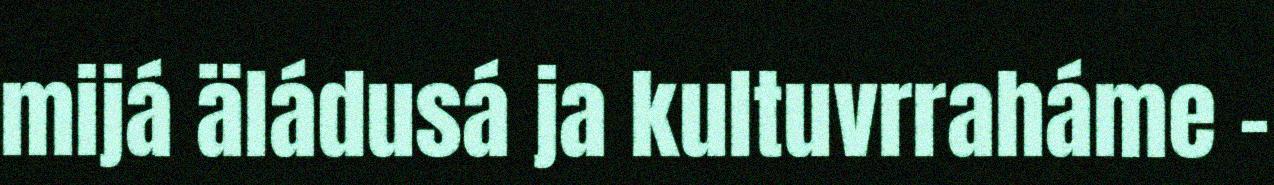
mijá äládusá ja kultuvrraháme –